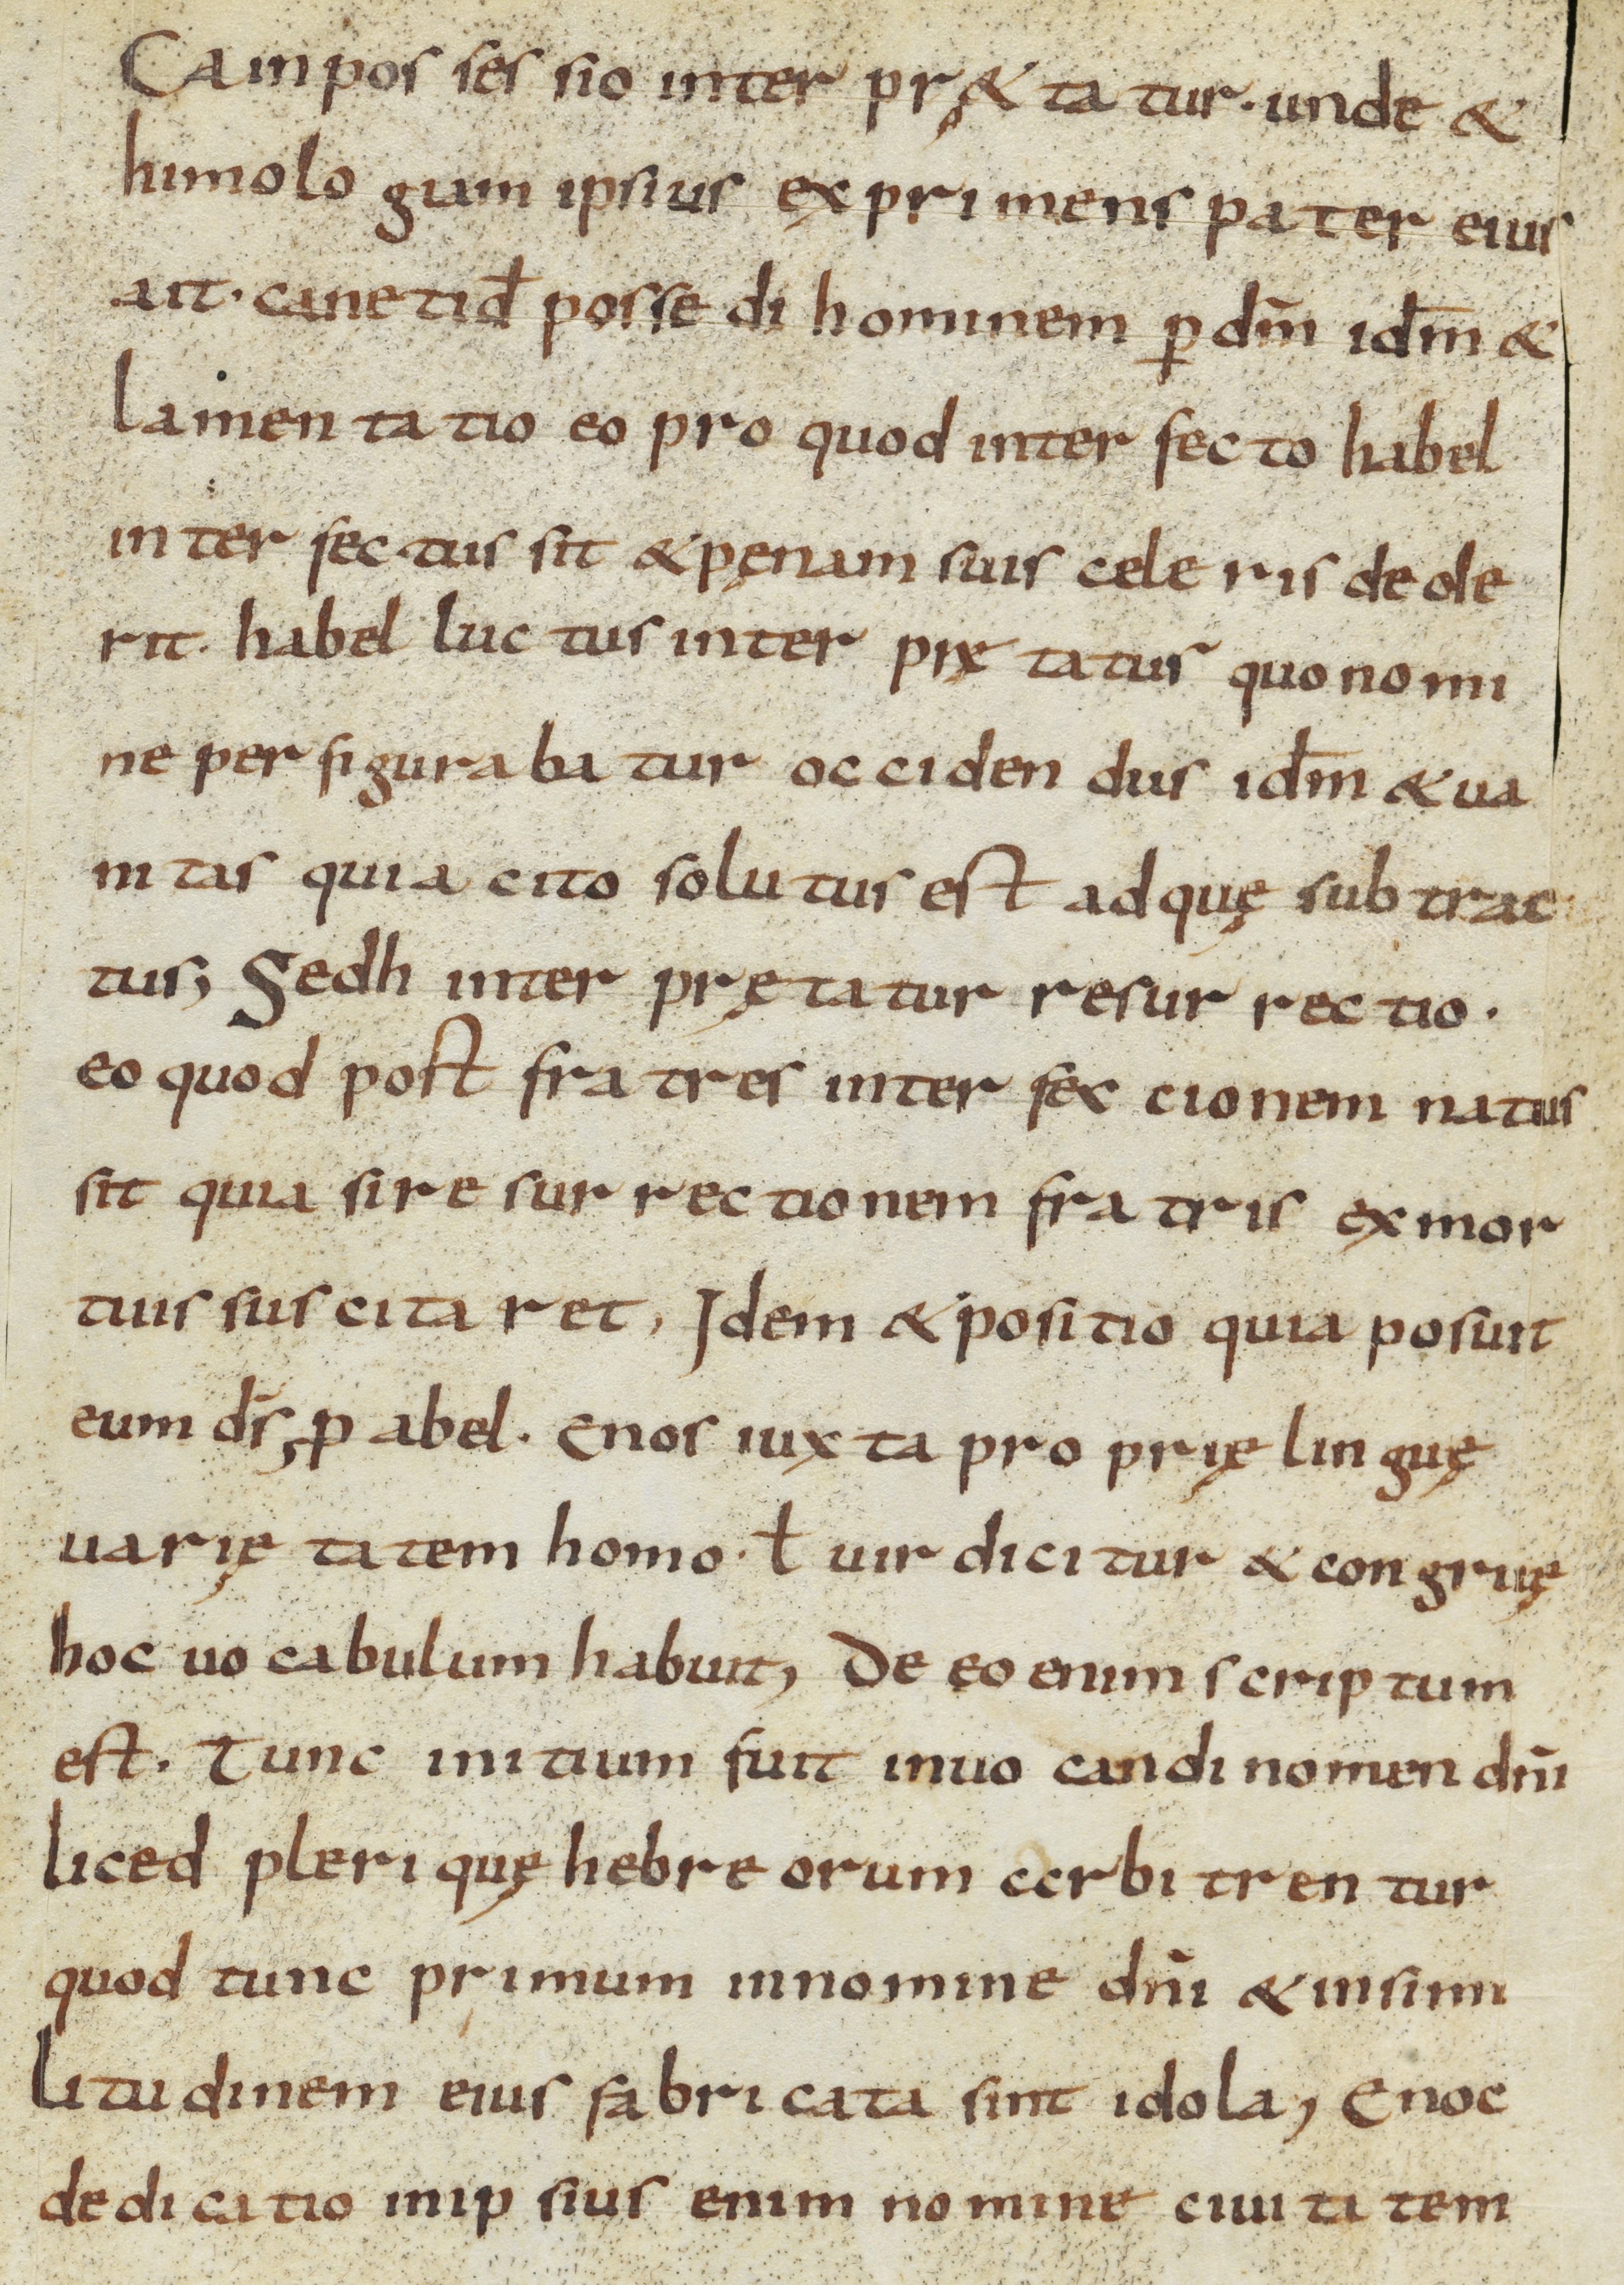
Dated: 800–999